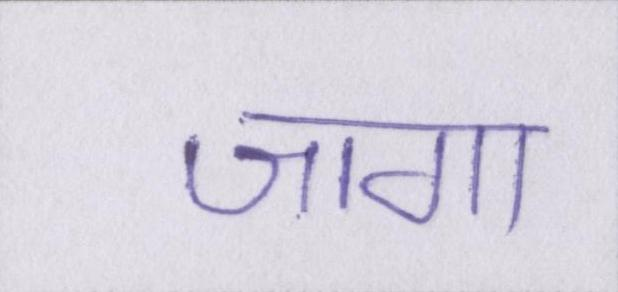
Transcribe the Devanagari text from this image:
जागा